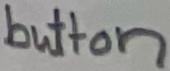
Text: button